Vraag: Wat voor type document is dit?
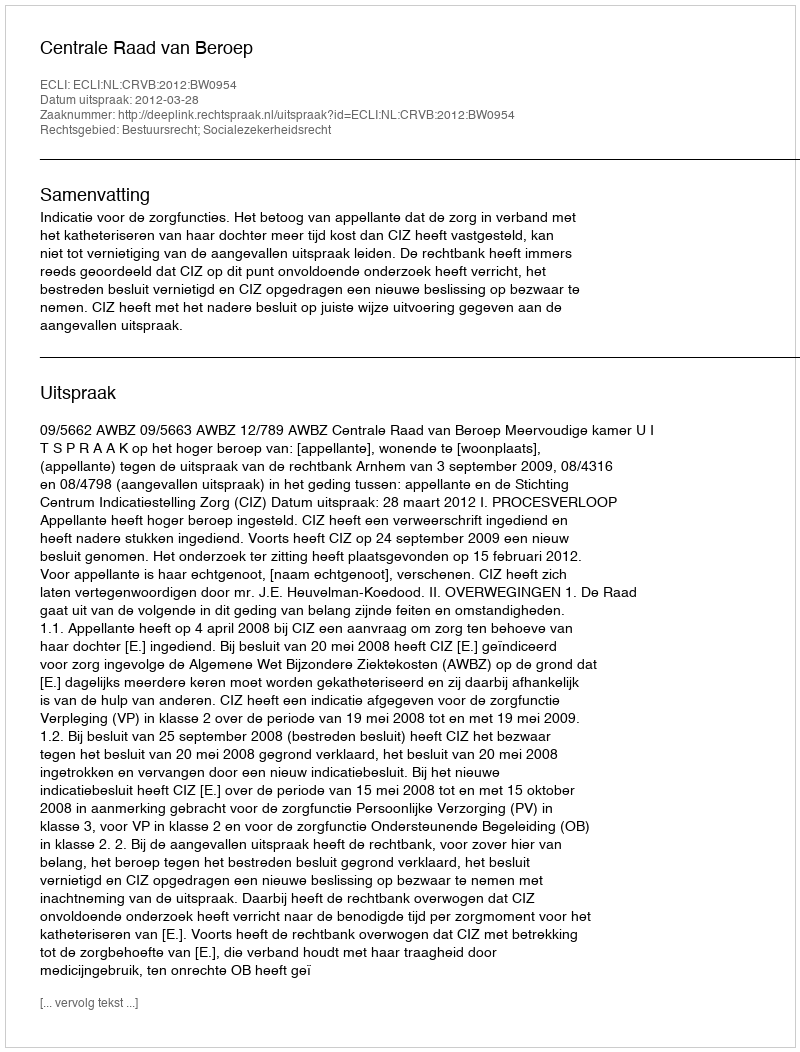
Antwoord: Uitspraak